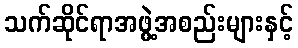
သက်ဆိုင်ရာအဖွဲ့အစည်းများနှင့်